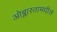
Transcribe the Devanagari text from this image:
ओब्लास्तामधील